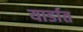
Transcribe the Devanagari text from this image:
यार्डात